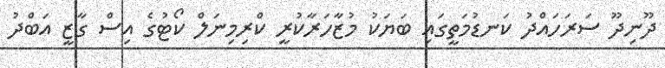
ދޫނިދޫ ސަރަހައްދު ކަނޑުމަތީގައި ބަޔަކު މުޒާހަރާކުރީ ކްރިމިނަލް ކޯޓުގެ އިސް ގާޒީ އަބްދު